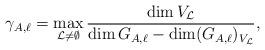
LaTeX: \begin{align*} \gamma_{A,\ell} = \max_{ \mathcal{L} \neq \emptyset} \frac{\dim V_{\mathcal{L}}}{\dim G_{A,\ell} - \dim (G_{A,\ell})_{V_{\mathcal{L}}}},\end{align*}